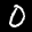
Label: 0